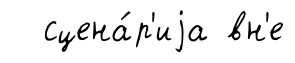
сцена́р'иjа вн'е